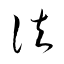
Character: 灋